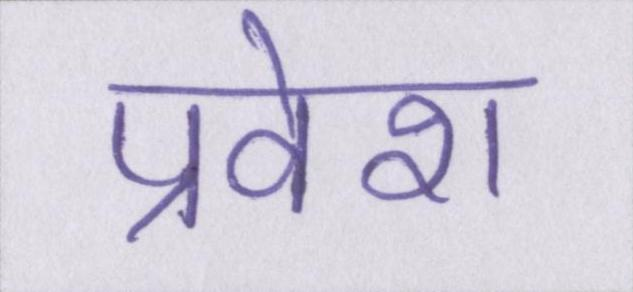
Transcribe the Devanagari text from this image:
प्रवेश